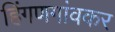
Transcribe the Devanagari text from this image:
हिंगणगांवकर